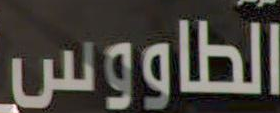
الطاووس